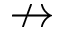
\nrightarrow